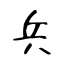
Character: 兵